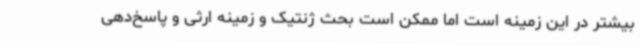
بیشتر در این زمینه است اما ممکن است بحث ژنتیک و زمینه ارثی و پاسخ‌دهی